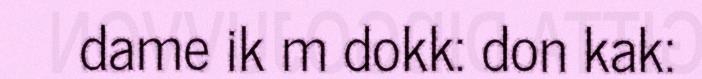
dame ik m dokk: don kak: